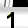
Digit: 1